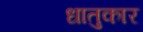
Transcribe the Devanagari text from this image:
धातुकार